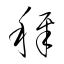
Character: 稺